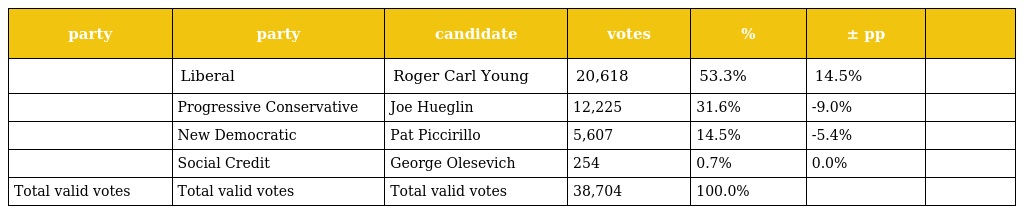
| party | party | candidate | votes | % | ± pp |  |
 | --- | --- | --- | --- | --- | --- | --- |
 |  | Liberal | Roger Carl Young | 20,618 | 53.3% | 14.5% |  |
 |  | Progressive Conservative | Joe Hueglin | 12,225 | 31.6% | -9.0% |  |
 |  | New Democratic | Pat Piccirillo | 5,607 | 14.5% | -5.4% |  |
 |  | Social Credit | George Olesevich | 254 | 0.7% | 0.0% |  |
 | Total valid votes | Total valid votes | Total valid votes | 38,704 | 100.0% |  |  |